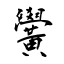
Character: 黌